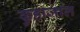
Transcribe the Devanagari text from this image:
कुहाजाल